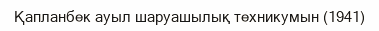
Қапланбек ауыл шаруашылық техникумын (1941)